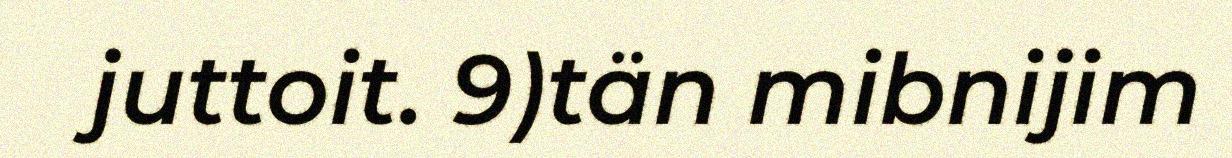
juttoit. 9)tän mibnijim